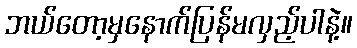
ဘယ်တော့မှနောက်ပြန်မလှည့်ပါနဲ့။